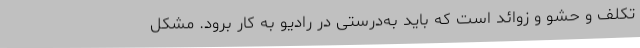
تکلف و حشو و زوائد است که باید به‌درستی در رادیو به کار برود. مشکل